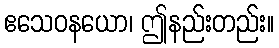
ဧသေဝနယော၊ ဤနည်းတည်း။